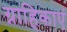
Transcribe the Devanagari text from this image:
ग्राहिकाएं